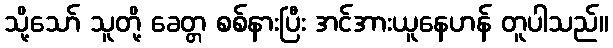
သို့သော် သူတို့ ခေတ္တ စစ်နားပြီး အင်အားယူနေဟန် တူပါသည်။